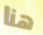
هنا